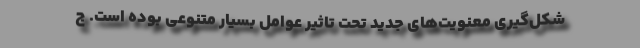
شکل‌گیری معنویت‌های جدید تحت تاثیر عوامل بسیار متنوعی بوده است. ج